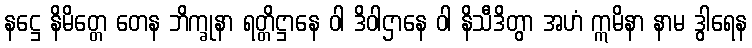
နဋ္ဌေ နိမိတ္တေ တေန ဘိက္ခုနာ ရတ္တိဋ္ဌာနေ ဝါ ဒိဝါဌာနေ ဝါ နိသီဒိတွာ အဟံ ဣမိနာ နာမ ဒွါရေန